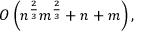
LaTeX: O \left( n ^ { \frac { 2 } { 3 } } m ^ { \frac { 2 } { 3 } } + n + m \right) ,